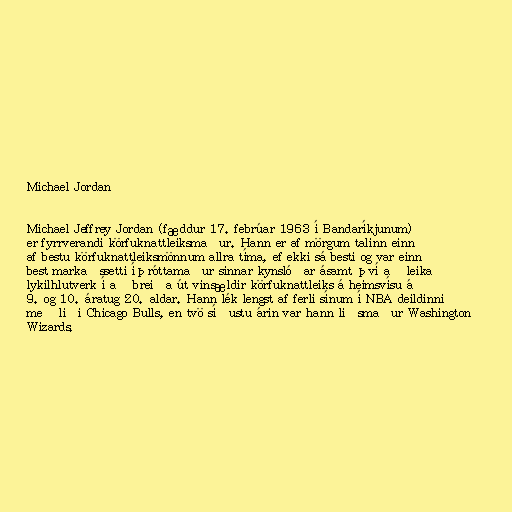
Michael Jordan

Michael Jeffrey Jordan (fæddur 17. febrúar 1963 í Bandaríkjunum)
er fyrrverandi körfuknattleiksmaður. Hann er af mörgum talinn einn
af bestu körfuknattleiksmönnum allra tíma, ef ekki sá besti og var einn
best markaðssetti íþróttamaður sinnar kynslóðar ásamt því að leika
lykilhlutverk í að breiða út vinsældir körfuknattleiks á heimsvísu á
9. og 10. áratug 20. aldar. Hann lék lengst af ferli sínum í NBA deildinni
með liði Chicago Bulls, en tvö síðustu árin var hann liðsmaður Washington
Wizards.